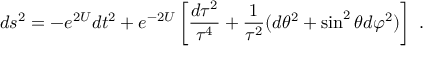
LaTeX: d s ^ { 2 } = - e ^ { 2 U } d t ^ { 2 } + e ^ { - 2 U } \left[ { \frac { d \tau ^ { 2 } } { \tau ^ { 4 } } } + { \frac { 1 } { \tau ^ { 2 } } } ( d \theta ^ { 2 } + \sin ^ { 2 } \theta d \varphi ^ { 2 } ) \right] \ .